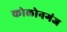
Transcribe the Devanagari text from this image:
कोलोनगंज